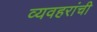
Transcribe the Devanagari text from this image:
व्यवहरांची